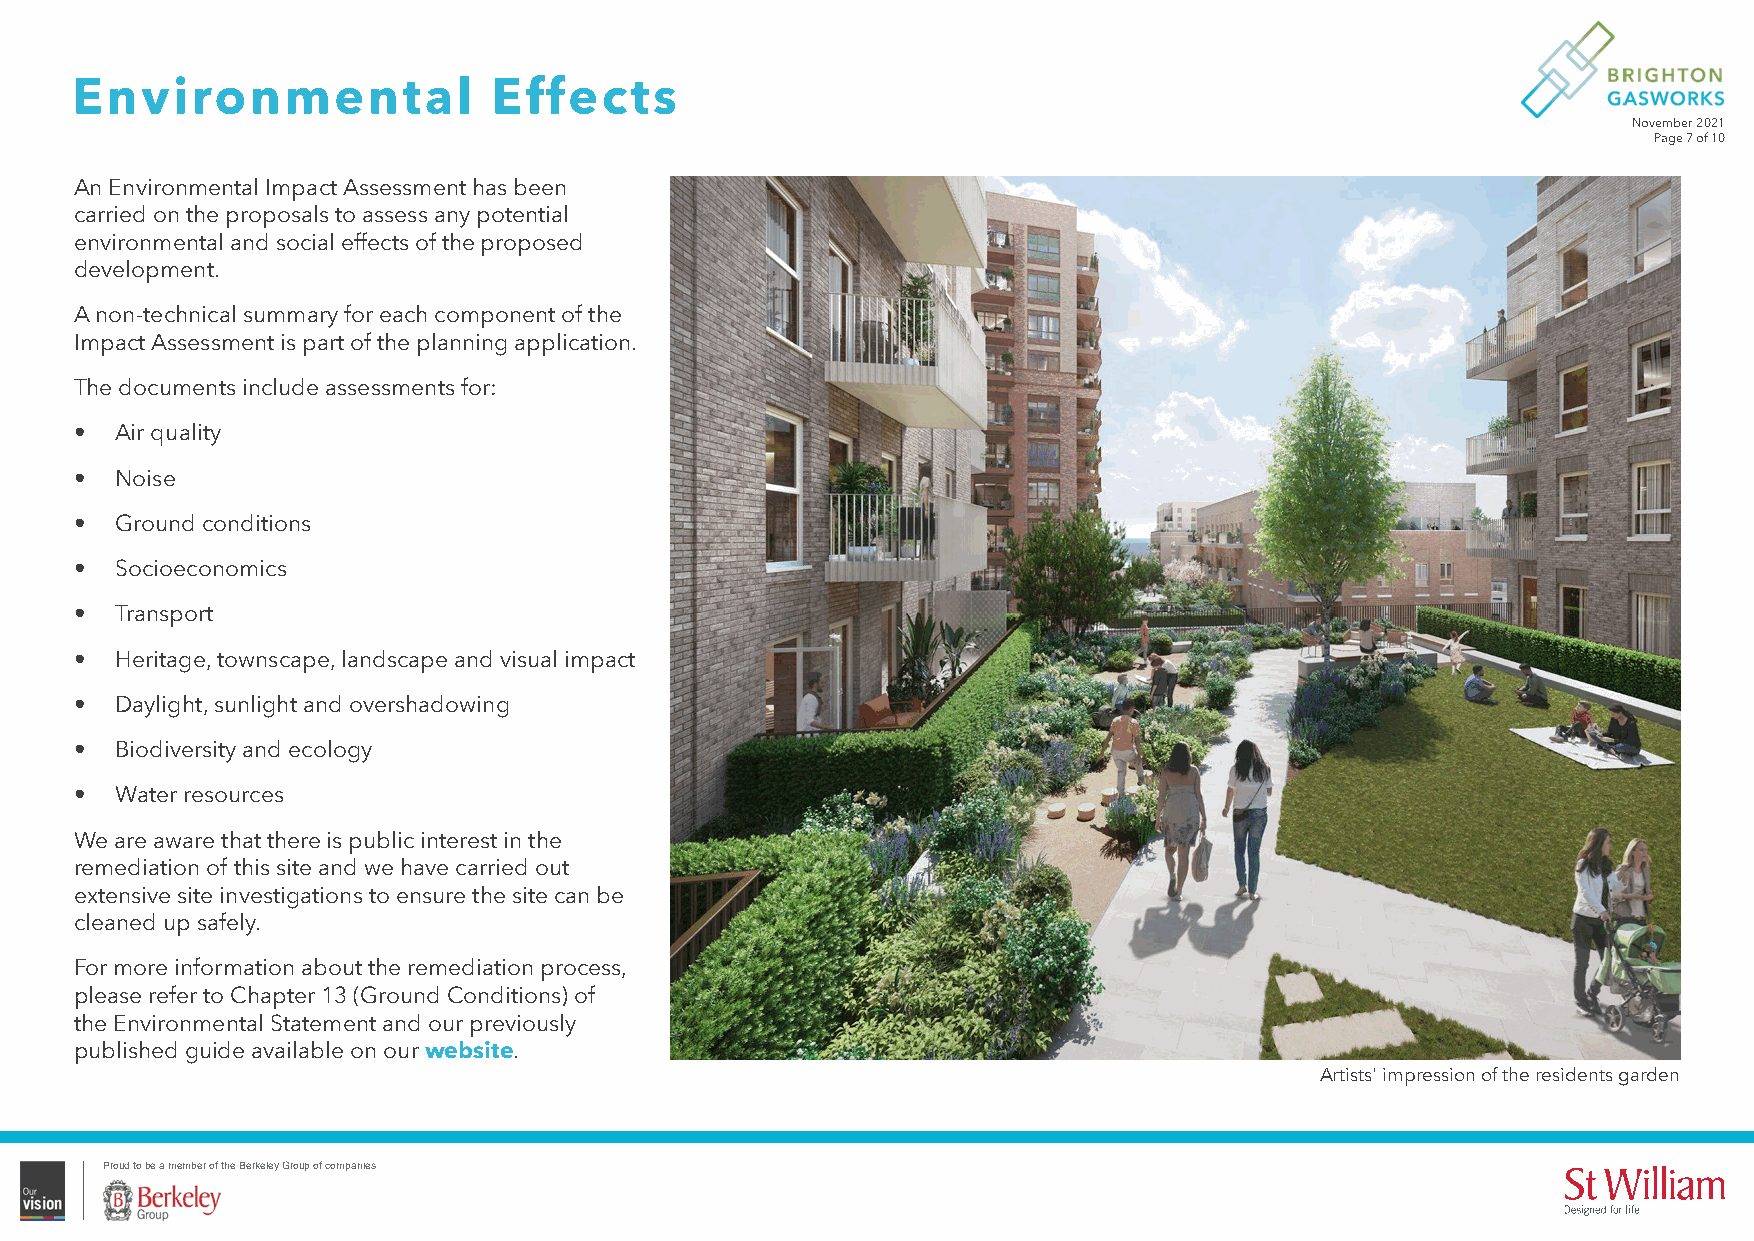
Environmental               Effects
 November 2021
 Page 7 of 10
 An Environmental Impact Assessment has been
 carried on the proposals to assess any potential
 environmental and social effects of the proposed
 development.
 A non-technical summary for each component of the
 Impact Assessment is part of the planning application.
 The documents include assessments for:
 •  Air quality
 •  Noise
 •  Ground conditions
 •  Socioeconomics
 •  Transport
 •  Heritage, townscape, landscape and visual impact
 •  Daylight, sunlight and overshadowing
 •  Biodiversity and ecology
 •  Water resources
 We are aware that there is public interest in the
 remediation of this site and we have carried out
 extensive site investigations to ensure the site can be
 cleaned up safely.
 For more information about the remediation process,
 please refer to Chapter 13 (Ground Conditions) of
 the Environmental Statement and our previously
 published guide available on our website.
 Artists' impression of the residents garden
 Proud to be a member of the Berkeley Group of companies